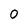
Character: 0